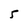
Character: 5